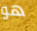
هو